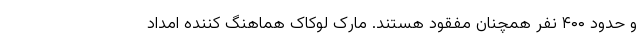
و حدود ۴۰۰ نفر همچنان مفقود هستند. مارک لوکاک هماهنگ کننده امداد